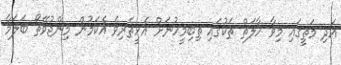
އަދި މަތީގައި މިވާ ހާލަތް ތަކުގައި ތިބިމީހުނަށް އެހީތެރިވެ އެކަމުން މިންޖުވޭތޯ ބަލަމާ